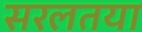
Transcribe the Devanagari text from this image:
सरलतया